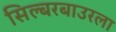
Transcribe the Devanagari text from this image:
सिल्बरबाउरला